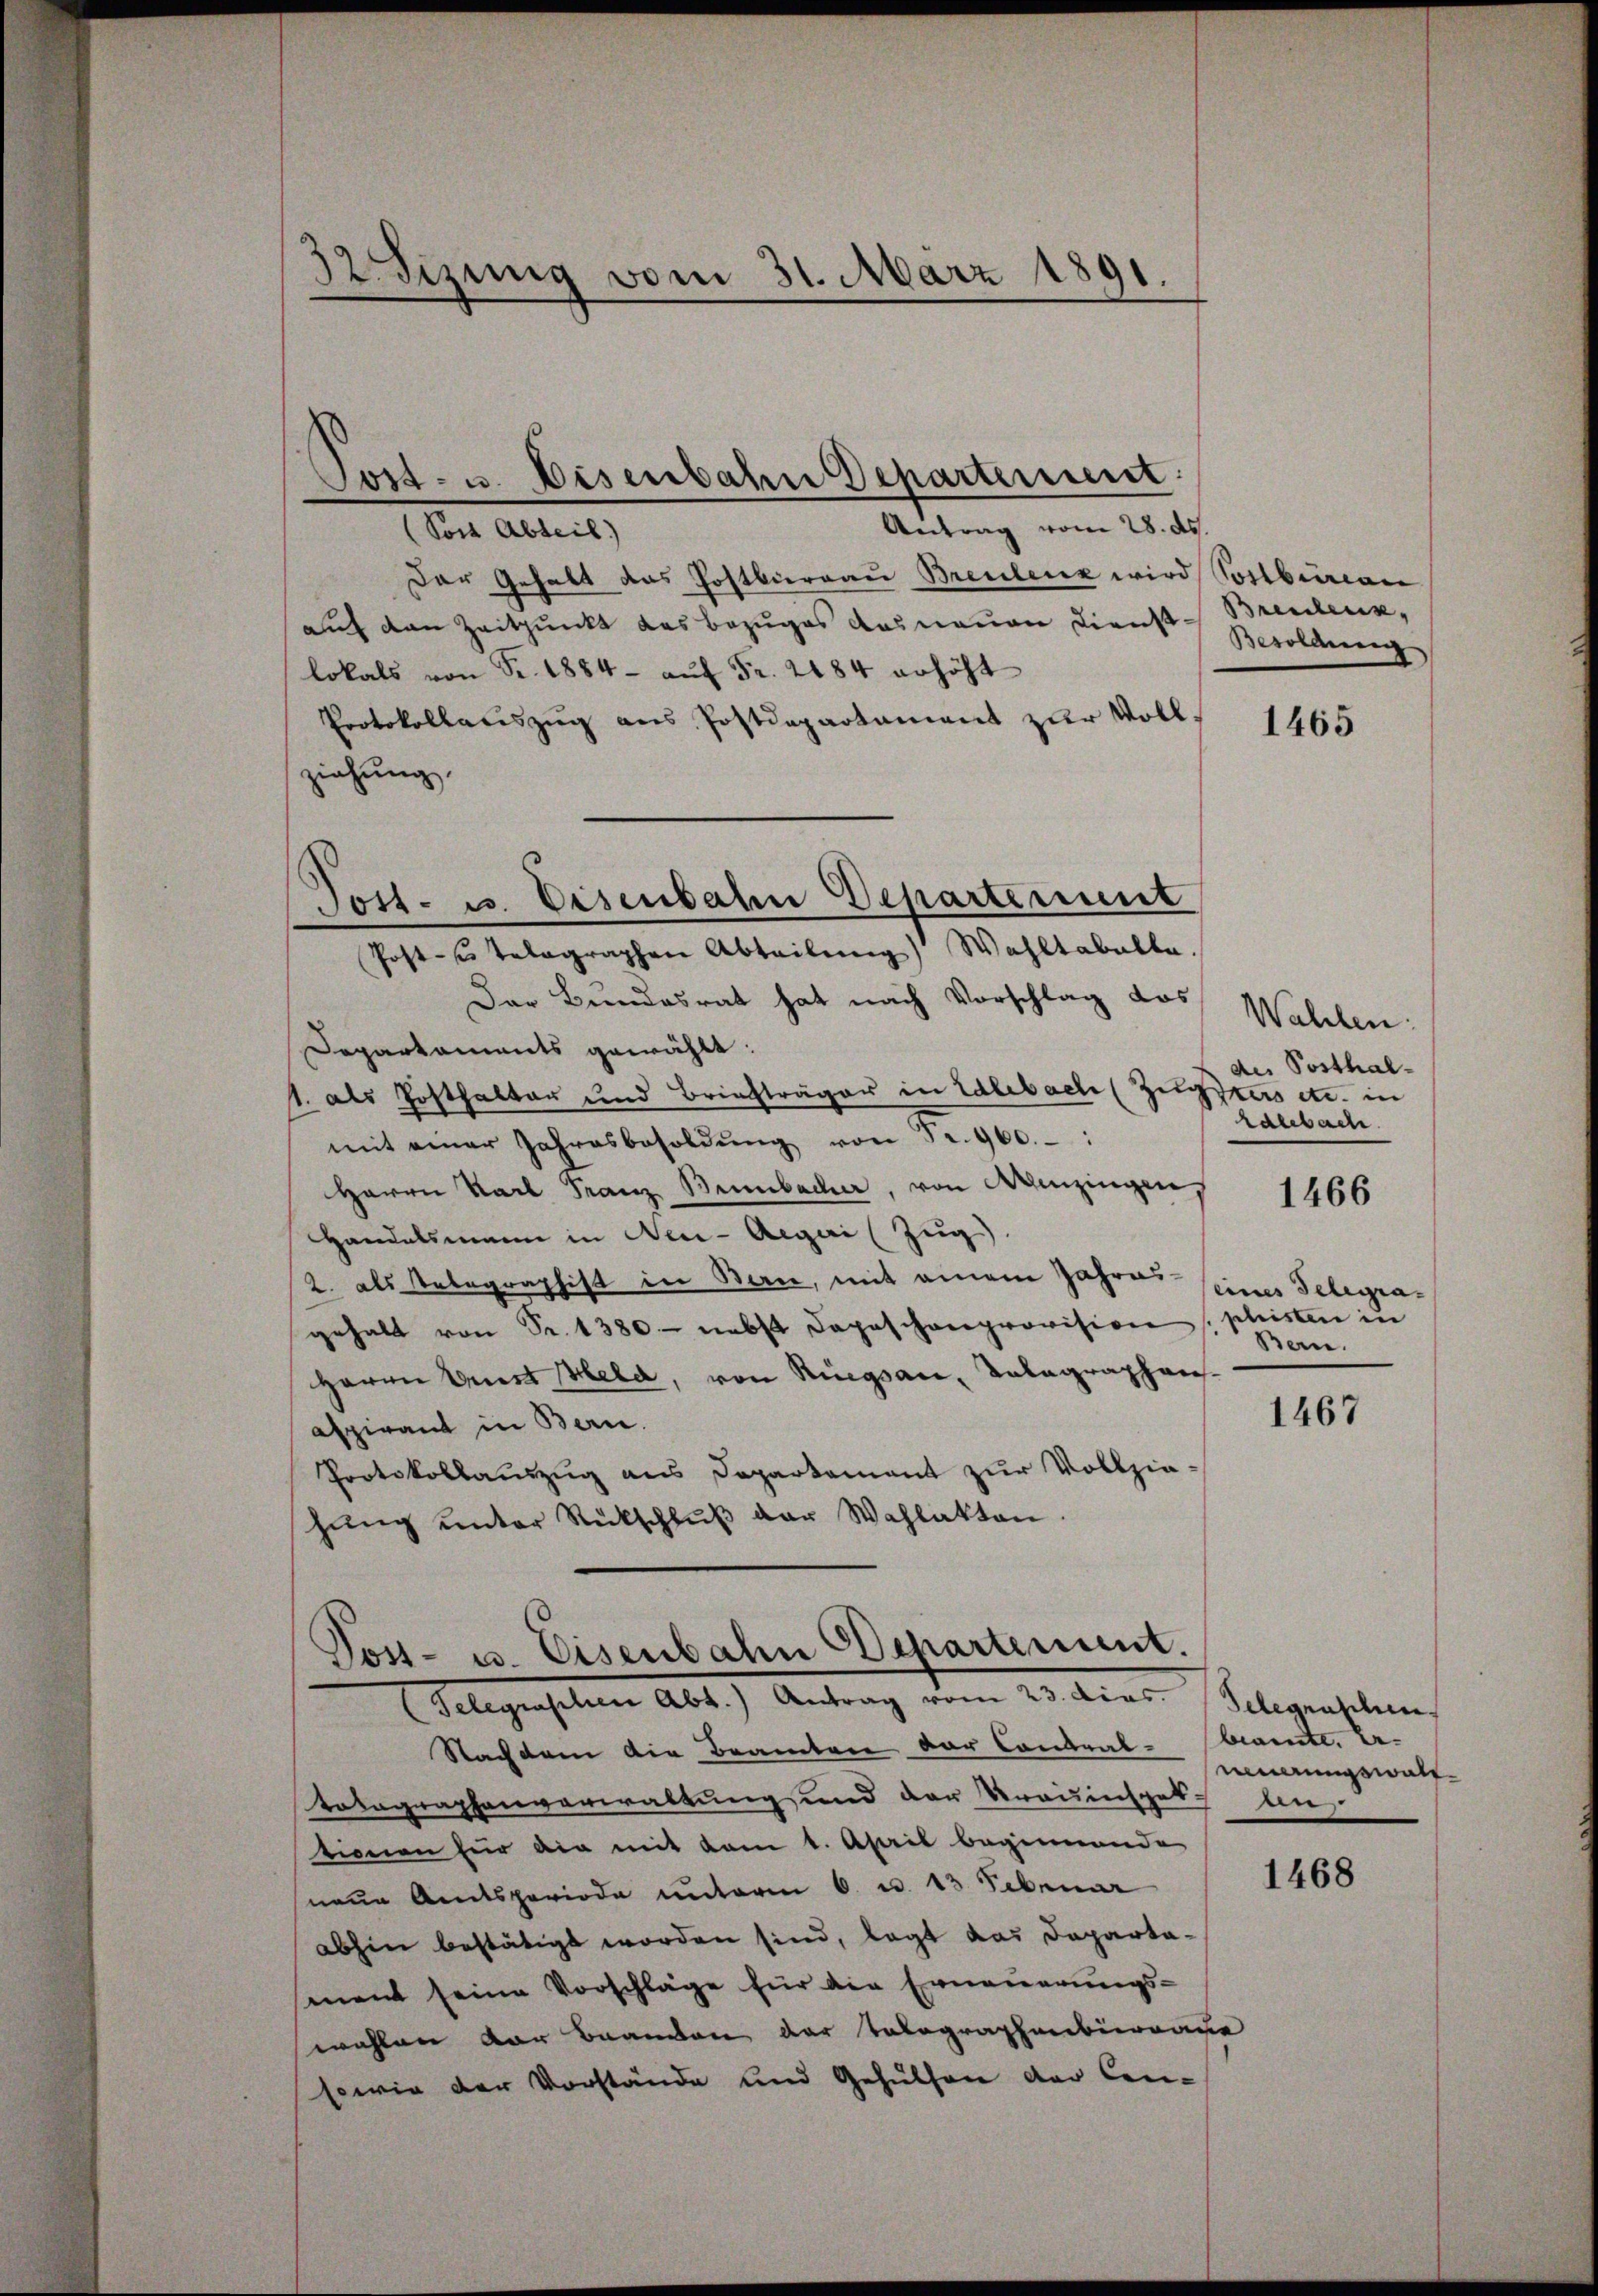
sizung vom 31. März 1891.

Tost- u. Bisenbahn Departement:

Antrag vom 28. ds.
(Sors Abteil)
Der Gehalt das Postbureau Breulenz wird Vorberan
auf den Zeitpunkt das Bezuges das neuen Dienst Brentenz,
lokals von Fr. 1884 - aŭf Fr. 2484 erhöht
Protokollauszug aus Postdepartament zur Vollziehung.
Post- telegraphen Abteilŭng Wahltabelle.
Der Bundesrat hat nach Vorschlag das
Departaments gewählt:
1. als Posthalter und Briefträger in Edlebach (Zugsters etc. in
mit einer Jahresbesoldŭng von Fr. 960.
Herrn Karl Franz Beimbacher, von Menzingen,
Handelsmann in Neu-Aegeri (Zug)
2. als Telegraphist in Bern, mit einem Jahres-
gehalt von Sr. 1380 - nebst Depeschenprovision phisten in
Herrn Umst Held, von Rüegsau, Talagraphen.
aspirant in Bern.
Protokollauszug aus Departement zur Vollziehŭng ŭnter Rückschlŭβ der Wahlakten.

Tost- u. Eisenbahn Departement

Post- u. Eisenbahn Echartement.
Telegraphen Abt.) Antrag vom 23. dies. (Selegraschun

Nachdem die Beamten der Contral- brannte. Ertotagraphenverwaltung und der Trouinspek- un
tionen für die mit vom 1. April beginnende
neue Amtsperiode unterm 6. u. 13 Februar
abhin bestätigt worden sind, legt das Departasment seine Vorschläge für die Erneuerungs-
wahlen der Branden der Tolographenbiernaue
sowie der Vorstände und Gehülfen der Cen-

Bemann

1465

Wahlen.
des Posthal-
halebach

1466

eines Telegra¬
Bern.

1467

neuerungswelt

1468